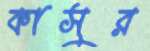
কাসুর